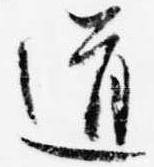
道